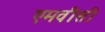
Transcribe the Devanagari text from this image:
एमवीसी